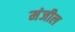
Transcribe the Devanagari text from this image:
मंजील